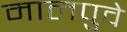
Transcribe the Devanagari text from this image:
मालपुवे